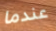
عندما